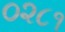
૦૨૮૧